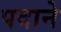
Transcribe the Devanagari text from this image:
पदाने